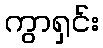
ကွာရှင်း